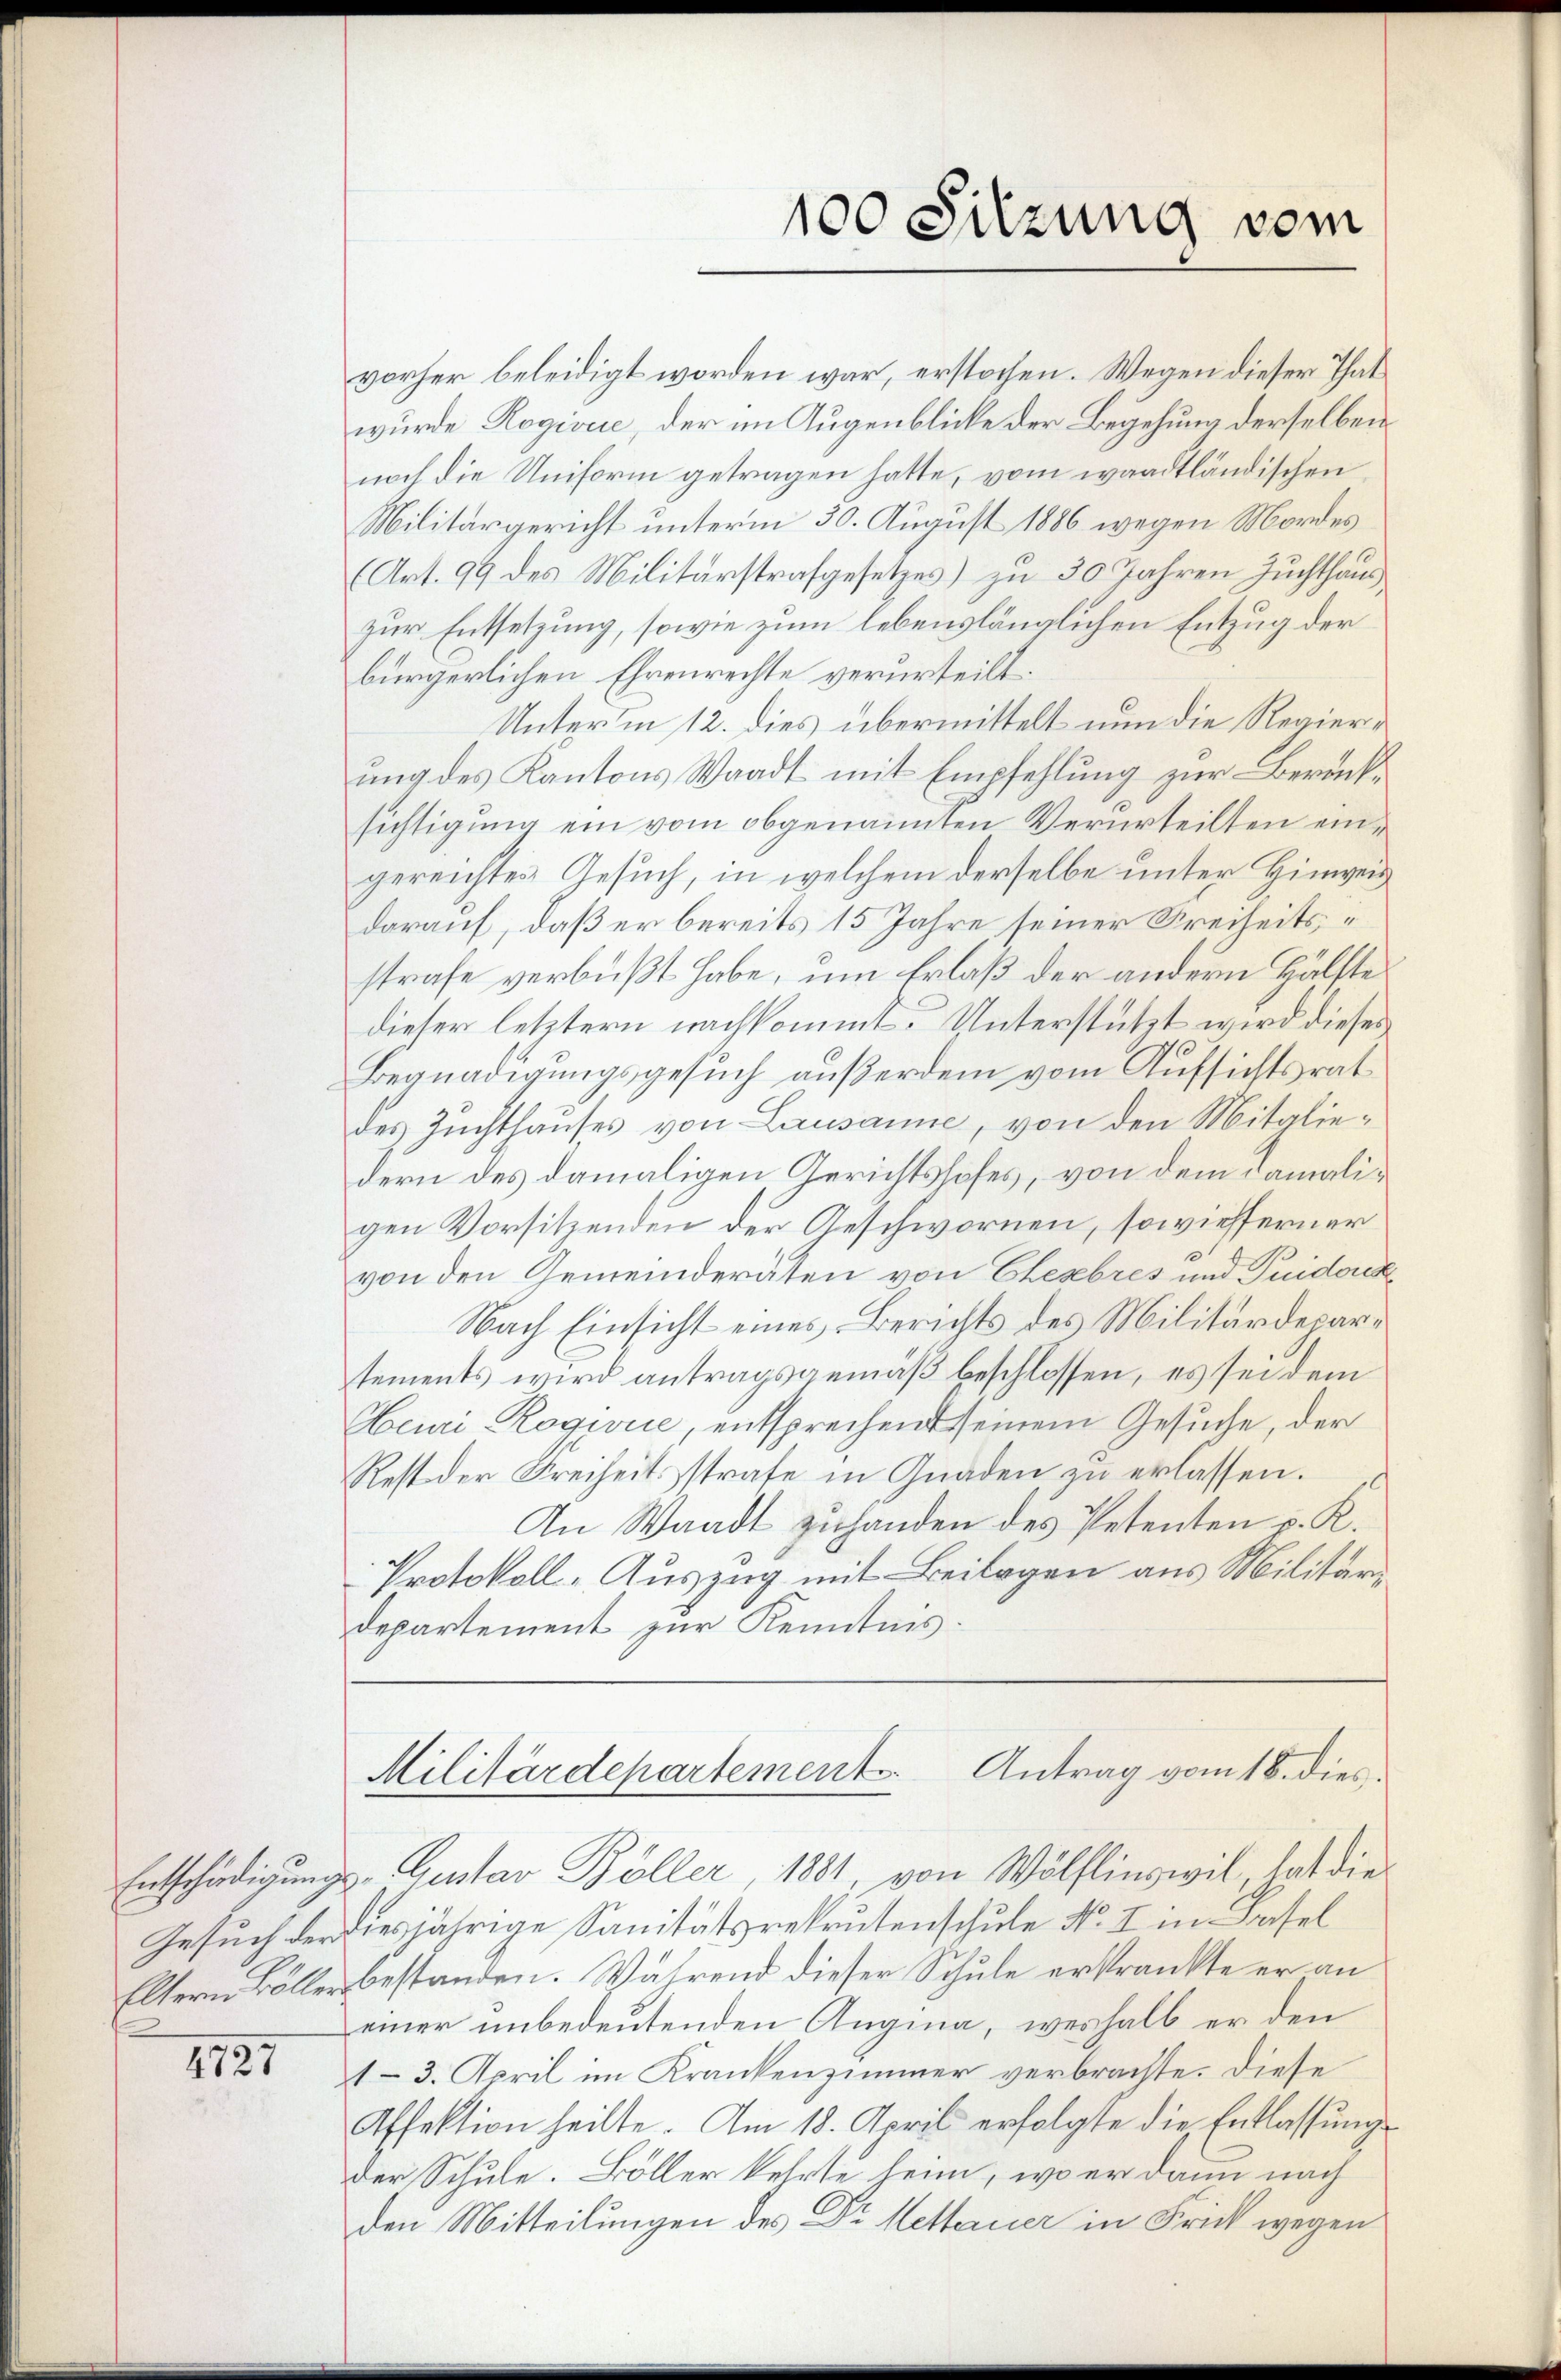
4727

Entschädigungs-Gentar Böller 1881 von Wölflinswil, hat die
Gesuch der diesjährige Sanitätsrekrutenschule No. I in Basel
Eltern Böller bestanden. Während dieser Schule erkrankte er an
einer unbedeutenden Augina, weshalb er den
1-3. April im Krankenzimmer verbrachte. Diese
Affektion heilte. Am 18. April erfolgte die Entlassung
der Schule. Böller kehrte heim, wo er dann nach
den Mitteilungen des Dr Mettauer in Frick wegen

100 Sitzung vom

vorher beleidigt worden war, erstochen. Wegen dieser That
wurde Rogivue, der im Augenblicke der Begehung derselben
noch die Uniform getragen hatte, vom waadtländischen
Militärgericht unterm 30. August 1886 wegen Mordes
(Art. 99 des Militärstrafgesetzes) zu 30 Jahren Zuchthaus
zur Entsetzung, sowie zum lebenslänglichen Entzug der
bürgerlichen Ehrenrechte verurteilt.
Unter’m 12. dies übermittelt nun die Regiere
ung des Kantons Waadt mit Empfehlung zur Berücksichtigung ein vom obgenannten Verurteilten eingereichtes Gesuch, in welchem derselbe unter Hinweis
darauf, daß er bereits 15 Jahre seiner Freiheitsstrafe verbüßt habe, um Erlaß der andern Hälfte
dieser letztern nachkommt. Unterstützt wird dieses
Begnadigungsgesuch außerdem vom Aufsichtsrat
des Zuchthauses von Lausanne, von den Mitgliedern des damaligen Gerichtshofes, von dem Damaligen Vorsitzenden der Geschwornen, sowieferner
von den Gemeinderäten von Ehesebres und Puido
Nach Einsicht eines Berichts des Militärdeparsements wird antragsgemäß beschlossen, es sei dem
Aeuri Rogirie, entsprechend seinem Gesuche, der
Rest der Freiheitsstrafe in Gnaden zu erlassen.
An Waadt zuhanden des Petenten p. K.
Protokoll-Auszug mit Beilagen aus Militär
departement zur Kenntnis.

Militärdepartement Antrag vom 18. dies